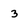
Character: 3